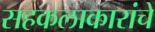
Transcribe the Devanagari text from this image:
सहकलाकारांचे